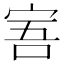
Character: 𡨂